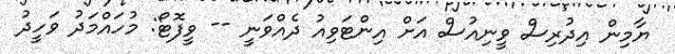
ޔާމިން އިދުރިސް ވީނިއުސް އަށް އިންޓަވިއު ދެއްވަނީ -- ވީފޮޓޯ: މުހައްމަދު ވަހީދު